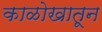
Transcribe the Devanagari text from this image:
काळोखातून